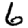
Digit: 6